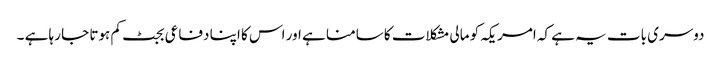
دوسری بات یہ ہے کہ امریکہ کو مالی مشکلات کا سامنا ہے اور اس کا اپنا دفاعی بجٹ کم ہوتا جا رہا ہے ۔